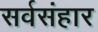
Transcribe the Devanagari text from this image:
सर्वसंहार